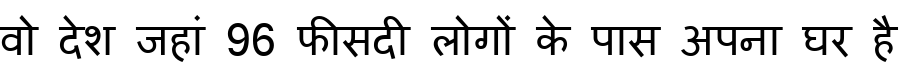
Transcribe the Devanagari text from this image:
वो देश जहां 96 फीसदी लोगों के पास अपना घर है